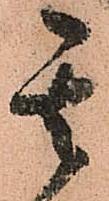
其